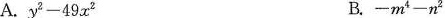
A. $$ y^{2} - 49x^{2} B. $$ - m^{4} - n^{2} $$